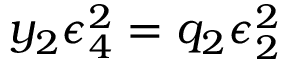
y _ { 2 } \epsilon _ { 4 } ^ { 2 } = q _ { 2 } \epsilon _ { 2 } ^ { 2 }